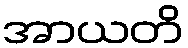
အာယတိ